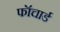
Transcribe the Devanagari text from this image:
फॉचार्ड